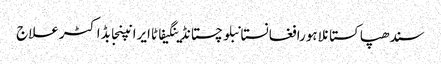
سندھپاکستانلاہورافغانستانبلوچستانڈینگیفاٹاایرانپنجابڈاکٹرعلاج